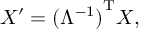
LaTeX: X ^ { \prime } = { ( \Lambda ^ { - 1 } ) } ^ { \mathrm { T } } X ,